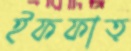
ইফফাত্